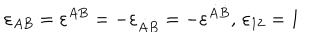
\varepsilon _ { A B } = \varepsilon ^ { A B } = - \varepsilon _ { \dot { A } \dot { B } } = - \varepsilon ^ { \dot { A } \dot { B } } , \, \varepsilon _ { 1 2 } = 1